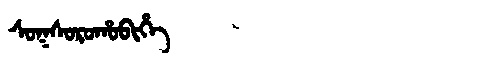
Manchu: ᠰᠣᡴᠰᠣᡵᠣᡥᠣᠪᡳᡥᡝ
Romanization: SOKSOROHOBIHE